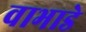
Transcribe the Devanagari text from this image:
वाभाडे